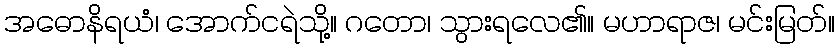
အဓောနိရယံ၊ အောက်ငရဲသို့။ ဂတော၊ သွားရလေ၏။ မဟာရာဇ၊ မင်းမြတ်။